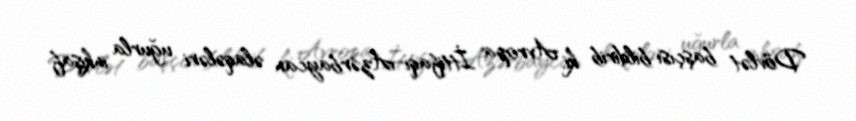
Dövlət başçısı bildirib ki, Avropa İttifaqı-Azərbaycan əlaqələri uğurla inkişaf